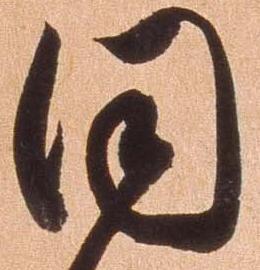
同